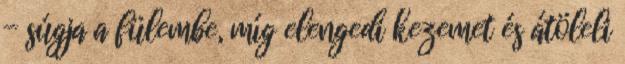
- súgja a fülembe, míg elengedi kezemet és átöleli